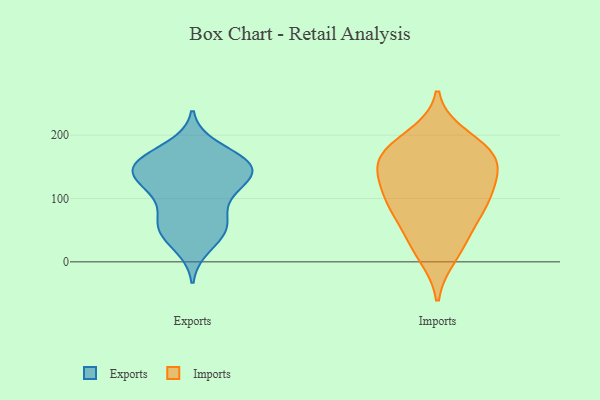
{"axis": {"x": "Conversion Rate (%)", "y": "Value"}, "legend": ["Exports", "Imports"], "data": [{"x": "", "y": 108, "type": "Exports"}, {"x": "", "y": 159, "type": "Exports"}, {"x": "", "y": 93, "type": "Exports"}, {"x": "", "y": 53, "type": "Exports"}, {"x": "", "y": 158, "type": "Exports"}, {"x": "", "y": 153, "type": "Exports"}, {"x": "", "y": 156, "type": "Exports"}, {"x": "", "y": 25, "type": "Exports"}, {"x": "", "y": 145, "type": "Exports"}, {"x": "", "y": 56, "type": "Exports"}, {"x": "", "y": 180, "type": "Exports"}, {"x": "", "y": 134, "type": "Exports"}, {"x": "", "y": 116, "type": "Exports"}, {"x": "", "y": 142, "type": "Exports"}, {"x": "", "y": 139, "type": "Exports"}, {"x": "", "y": 56, "type": "Exports"}, {"x": "", "y": 52, "type": "Exports"}, {"x": "", "y": 105, "type": "Imports"}, {"x": "", "y": 163, "type": "Imports"}, {"x": "", "y": 119, "type": "Imports"}, {"x": "", "y": 10, "type": "Imports"}, {"x": "", "y": 178, "type": "Imports"}, {"x": "", "y": 149, "type": "Imports"}, {"x": "", "y": 172, "type": "Imports"}, {"x": "", "y": 102, "type": "Imports"}, {"x": "", "y": 77, "type": "Imports"}, {"x": "", "y": 26, "type": "Imports"}, {"x": "", "y": 198, "type": "Imports"}, {"x": "", "y": 87, "type": "Imports"}, {"x": "", "y": 168, "type": "Imports"}, {"x": "", "y": 141, "type": "Imports"}, {"x": "", "y": 53, "type": "Imports"}]}